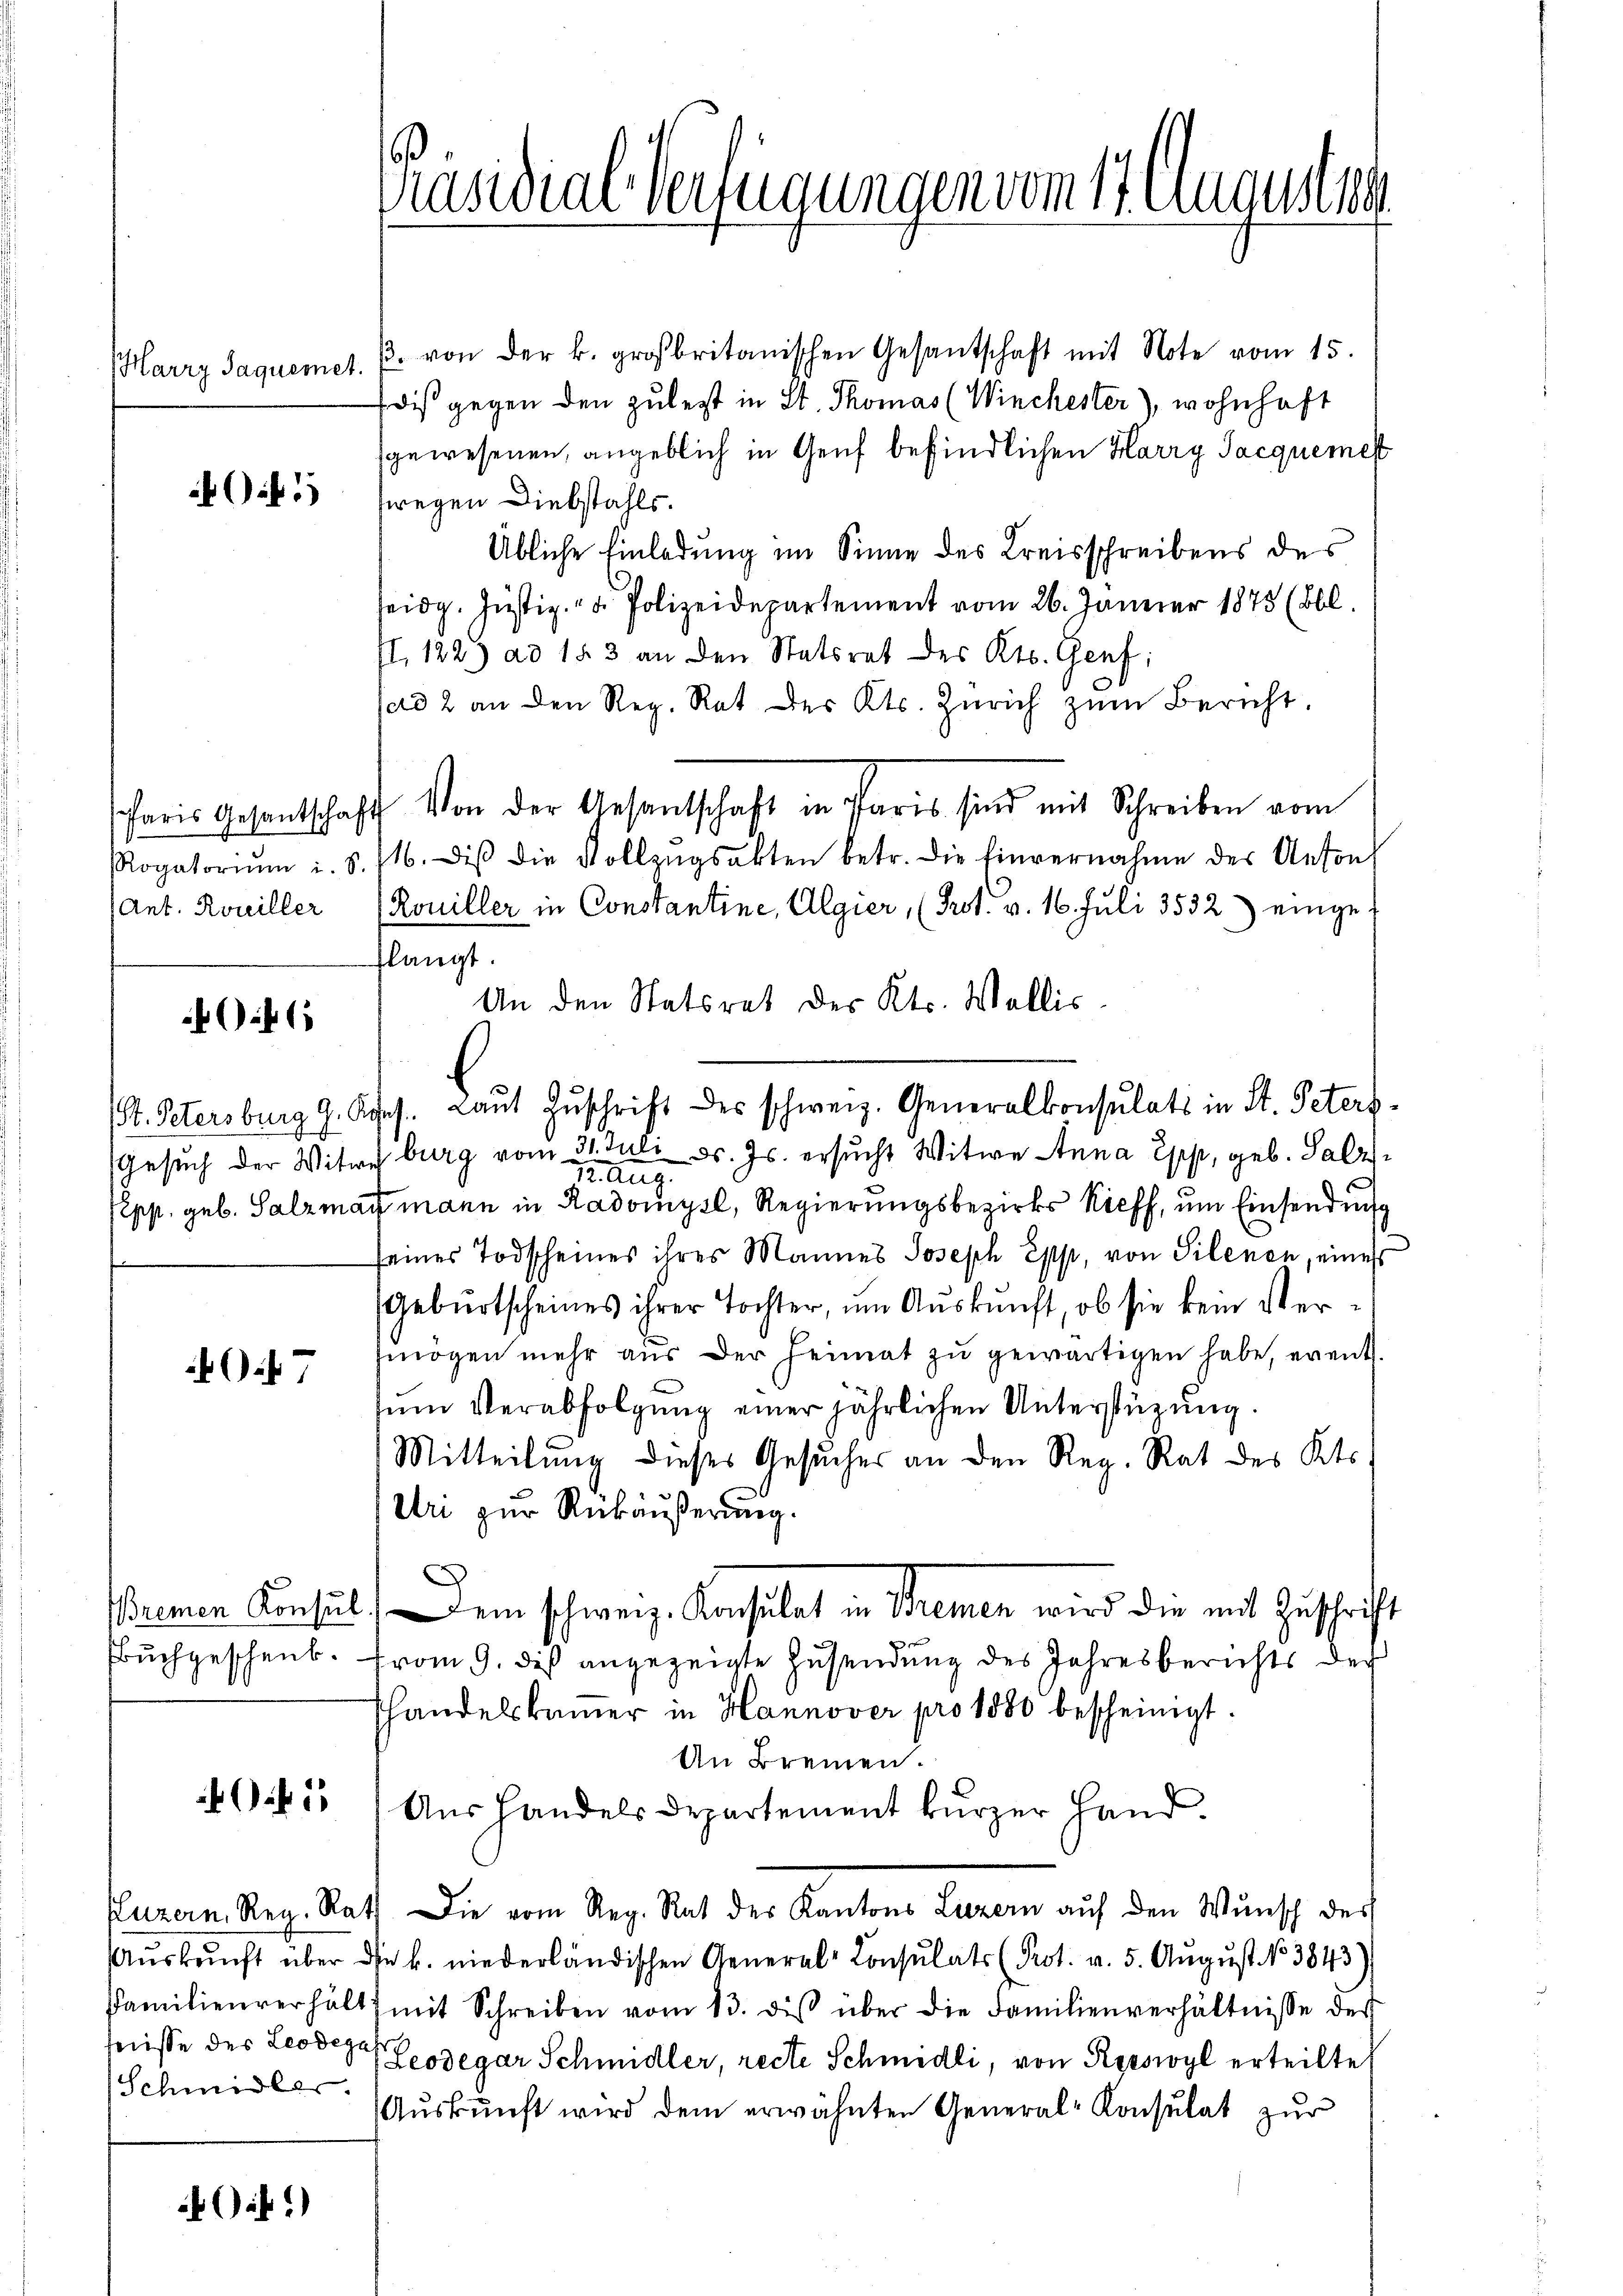
Harry Saquemet.

1

Ant. Rouiller

6

7

5

Schmidler.

Gif.)

Präsidial-Verfügungen vom 17. Augustin

3. von der k. großbritanischen Gesantschaft mit Note vom 15.
dis gegen den zulest in St. Thomas (Winchester), wohnhaft
sgewesenen, angeblich in Genf befindlichen Harry Sacquemest
fwegen Diebstahls.
Übliche Einladung im Sinne des Kreisschreibens des
eidg. Justiz- u. Polizeidepartement vom 26. Jänner 1875 (Bbl.
II. 122) ad 153 an den Statsrat des Kts. Genf;
ad 2 an den Reg. Rat des Kts. Zürich zŭm Bericht.
faris Gesantschaft Von der Gesantschaft in Paris sind mit Schreiben vom
Rogatoriŭm i. S. 716. diβ die Vollzŭgsakten betr. die Einvernahme der Anton
Rouiller in Constantine, Algier, (Prot. v. 16. Juli 3532.) einge-
langt.
An den Statsrat der Kts. Wallis
(. Petersburg 9. Res. Laŭt Zŭschrift des schweiz. Generalkonsulats in St. Peters
Gesuch der Witwe burg vom 31. Juli d. Js. ersŭcht Witwe Anna Epp, geb. Salz
M aus
sepp. geb. Salzman mann in Radomysl, Regierungsbezirks Kieff, um Einsendung
seines Todscheines ihres Mannes Joseph Epp, von Silenen, eines
(Geburtscheines ihrer Tochter, um Auskunft, ob sie kein Vermögen mehr aŭs der Heimat zŭ gewärtigen habe, event.
zum Verabfolgung einer jährlichen Unterstüzung.
Mitteilung dieses Gesŭcher an den Reg. Rat des Kts.
Uri zur Rückäußerung.
Bienen Konsul, Dem schweiz. Konsulat in Bremen wird die mit Zuschrift
Buchgeschenk. From 9. dieß angezeigte Zusendung des Jahresberichts der
shandelskamer in Hannover pro 1880 bescheinigt.
An Bremen.
Aus Handels Departement kurzer Hand.
Luzern, Reg. Rath Die vom Reg. Rat der Kantons Luzern auf den Wunsch des
Aŭskŭnft über die k. niederländischen General-Consulats (Prot. v. 5. Aŭgŭst No 3843)
Familienverhält mit Schreiben vom 13. die über die Familienverhältnisse des
fnisse des Leodeges Geosegar Schmidler, recte Schmidli, von Rorswyl erteilte
Aŭskŭnft wird dem erwähnten General-Consulat zŭr